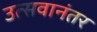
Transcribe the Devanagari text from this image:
उत्सवानंतर